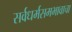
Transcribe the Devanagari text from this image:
सर्वधर्मसमभावाचा